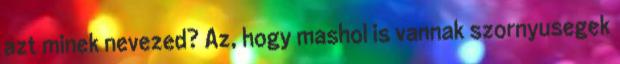
azt minek nevezed? Az, hogy mashol is vannak szornyusegek